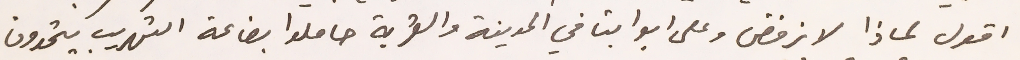
اقول لماذا لا نرفض وعلى ابوابنا في المدينة والقرية حاملوا بضاعة التهريب يتحدون